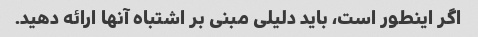
اگر اینطور است، باید دلیلی مبنی بر اشتباه آنها ارائه دهید.